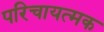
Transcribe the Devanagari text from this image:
परिचायत्मक